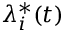
\lambda _ { i } ^ { * } ( t )